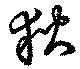
狄